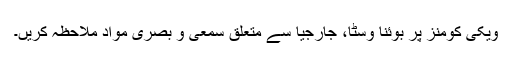
ویکی کومنز پر بوئنا وسٹا، جارجیا سے متعلق سمعی و بصری مواد ملاحظہ کریں۔